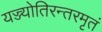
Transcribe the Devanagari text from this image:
यज्ज्योतिरन्तरमृतं